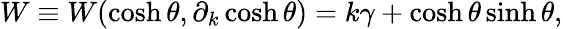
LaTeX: W\equiv W(\cosh\theta,\partial_{k}\cosh\theta)=k\gamma+\cosh\theta\sinh\theta,